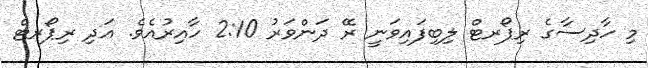
މި ހާދިސާގެ ރިޕޯރޓް ލިބިފައިވަނީ ރޭ ދަންވަރު 2:10 ހާއިރުއެވެ. އަދި ރިޕޯރޓް